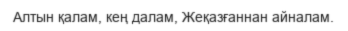
Алтын қалам, кең далам, Жеқазғаннан айналам.